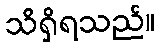
သိရှိရသည်။